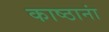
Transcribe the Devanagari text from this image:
काष्ठानां